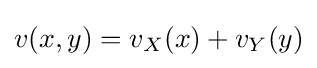
v(x,y)=v_{X}(x)+v_{Y}(y)